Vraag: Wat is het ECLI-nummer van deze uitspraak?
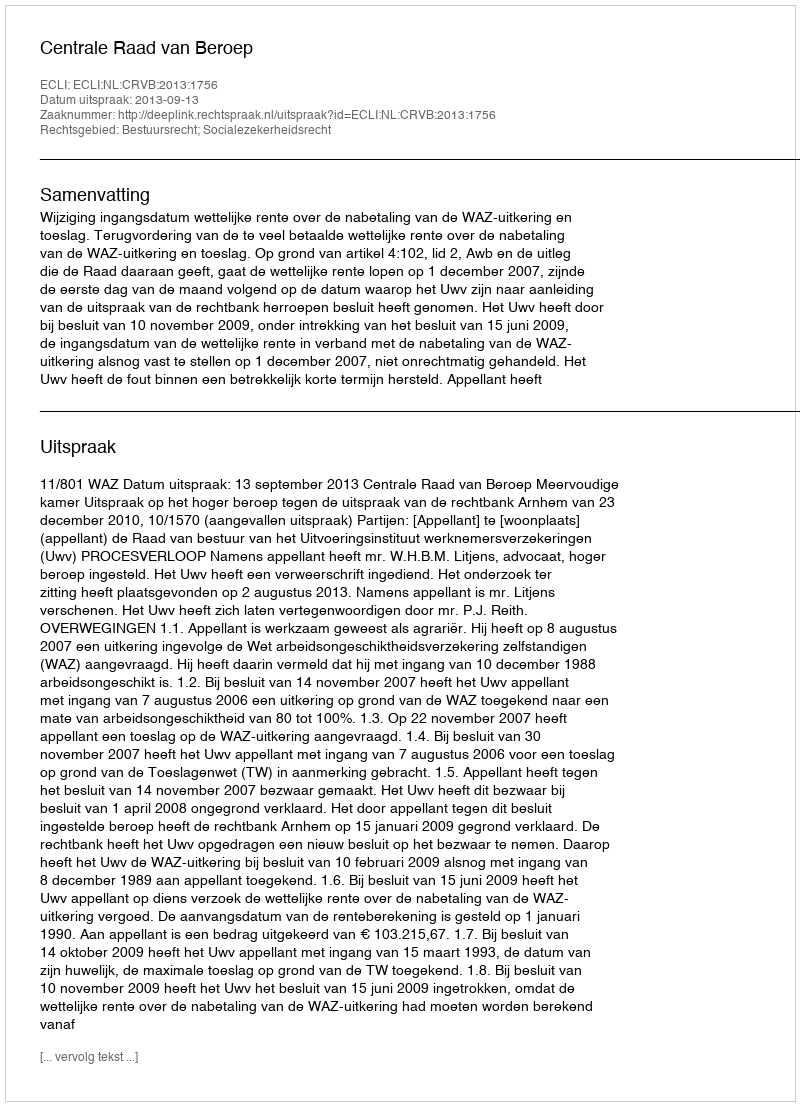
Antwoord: ECLI:NL:CRVB:2013:1756